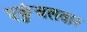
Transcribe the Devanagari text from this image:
एकुंचलवार